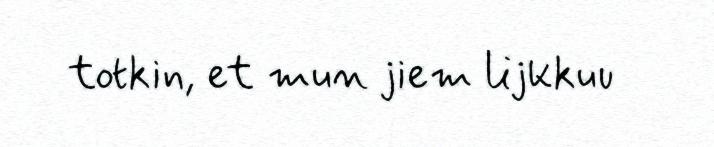
totkin, et mun jiem lijkkuu